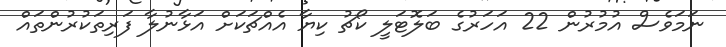
ނަމަވެސް އުމުރުން 22 އަހަރުގެ ބަލޮޓަލީ ކޯޗު ކިޔާ އެއްޗަކަށް އަޅާނުލާ ފަރިތަކުރުންތައް